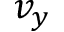
v _ { y }